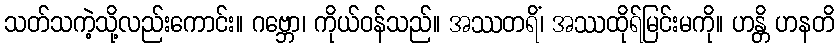
သတ်သကဲ့သို့လည်းကောင်း။ ဂဗ္ဘော၊ ကိုယ်ဝန်သည်။ အဿတရိံ၊ အဿထိုရ်မြင်းမကို။ ဟန္တိ ဟနတိ